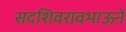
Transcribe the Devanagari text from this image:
सदशिवरावभाऊने